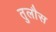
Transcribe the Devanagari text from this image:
तुलौस